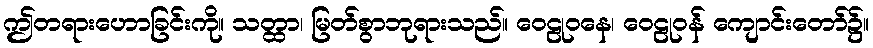
ဤတရားဟောခြင်းကို။ သတ္ထာ၊ မြတ်စွာဘုရားသည်။ ဝေဠုဝနေ၊ ဝေဠုဝန် ကျောင်းတော်၌။